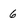
Character: 6